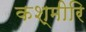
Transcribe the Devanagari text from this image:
कश्मीरि